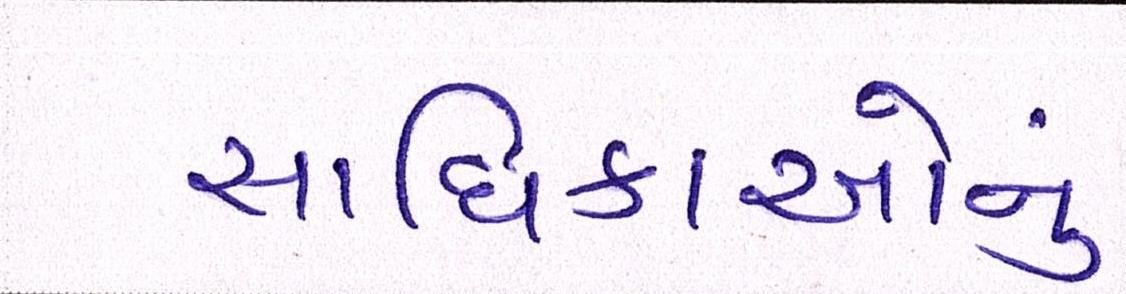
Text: સાધિકાઓનું